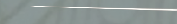
مطعم المأكولات البحرية ال